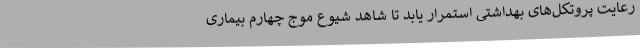
رعایت پروتکل‌های بهداشتی استمرار یابد تا شاهد شیوع موج چهارم بیماری